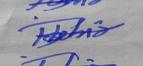
Signature authenticity: forged